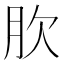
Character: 肷